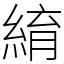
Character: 䋭